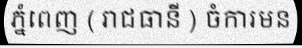
ភ្នំពេញ ( រាជធានី ) ចំការមន